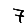
Digit: 7